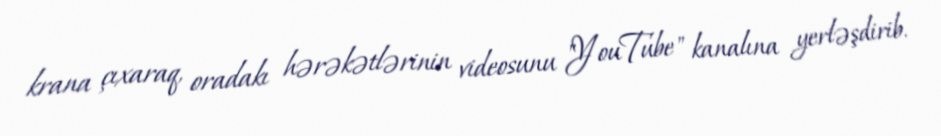
krana çıxaraq, oradakı hərəkətlərinin videosunu "YouTube" kanalına yerləşdirib.